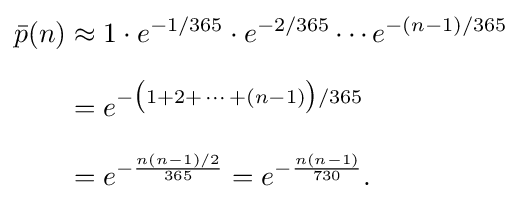
{\begin{aligned}{\bar {p}}(n)&\approx 1\cdot e^{-1/365}\cdot e^{-2/365}\cdots e^{-(n-1)/365}\\[6pt]&=e^{-{\big (}1+2+\,\cdots \,+(n-1){\big )}/365}\\[6pt]&=e^{-{\frac {n(n-1)/2}{365}}}=e^{-{\frac {n(n-1)}{730}}}.\end{aligned}}